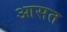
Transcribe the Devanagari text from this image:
आसत